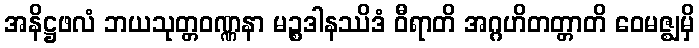
အနိဋ္ဌဖလံ ဘယသုတ္တဝဏ္ဏနာ မဉ္စဒါနဿိဒံ ဝီရာတိ အဂ္ဂဟိတတ္တာတိ ဝေမဇ္ဈမှိ